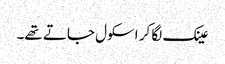
عینک لگا کر اسکول جاتے تھے۔